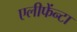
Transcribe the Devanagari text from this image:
एलीफेंन्टा